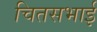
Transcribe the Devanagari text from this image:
चितसभाई